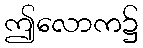
ဤလောက၌